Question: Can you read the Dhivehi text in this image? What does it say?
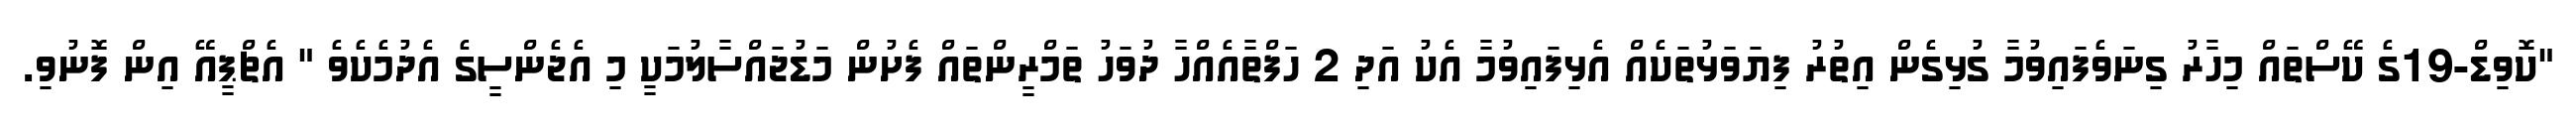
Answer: "ކޮވިޑް-19ގެ ކޭސްތައް މިހާރު ގިނަވެފައިވުމާ ގުޅިގެން އިތުރު ފިޔަވަޅުތަކެއް އެޅިފައިވުމާ އެކު އަދި 2 ހަފްތާއެއްހާ ދުވަހު ތަމްރީންތައް ފެށުން މަޑުޖައްސާލުމަކީ މި އެޖެންސީގެ އެދުމެކެވެ " އެޗްޕީއޭ އިން ފޮނުވި.